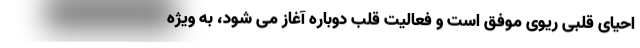
احیای قلبی ریوی موفق است و فعالیت قلب دوباره آغاز می شود، به ویژه